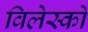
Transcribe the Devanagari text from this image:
विलेस्को